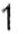
1